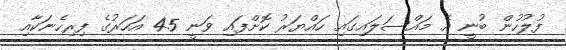
ފުލުހުން ބުނީ އެ މައްސަލައިގައި ހައްޔަރު ކޮށްފައި ވަނީ 45 އަހަރުގެ ފިރިހެނަކާއި